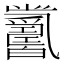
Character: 𤕋